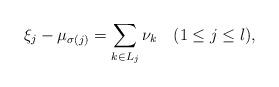
LaTeX: \begin{align*} \xi_j-\mu_{\sigma(j)}=\sum_{k\in L_j}\nu_k \quad(1\le j\le l), \end{align*}